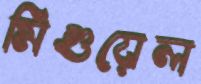
মিগুয়েল